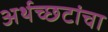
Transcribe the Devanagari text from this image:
अर्थच्‍छटांचा